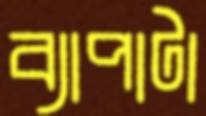
ব্যাপাটা